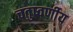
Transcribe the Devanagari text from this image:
चतुष्वर्णीय